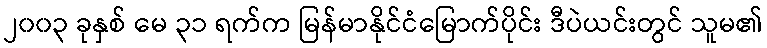
၂၀၀၃ ခုနှစ် မေ ၃၁ ရက်က မြန်မာနိုင်ငံမြောက်ပိုင်း ဒီပဲယင်းတွင် သူမ၏